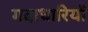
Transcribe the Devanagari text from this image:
गदाधारियों